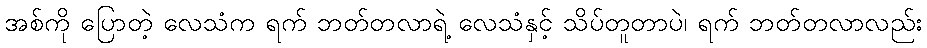
အစ်ကို ပြောတဲ့ လေသံက ရက် ဘတ်တလာရဲ့ လေသံနှင့် သိပ်တူတာပဲ၊ ရက် ဘတ်တလာလည်း